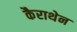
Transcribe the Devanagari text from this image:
कैराथेन